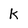
Character: k